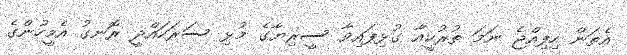
އެތަން ހިފިއްޖެ ނަމަ ތުރުކީއާ ގުޅިފައިވާ ސީރިޔާގެ މުޅި ސަރަހައްދީ ރޮނގު އެމީހުންގެ